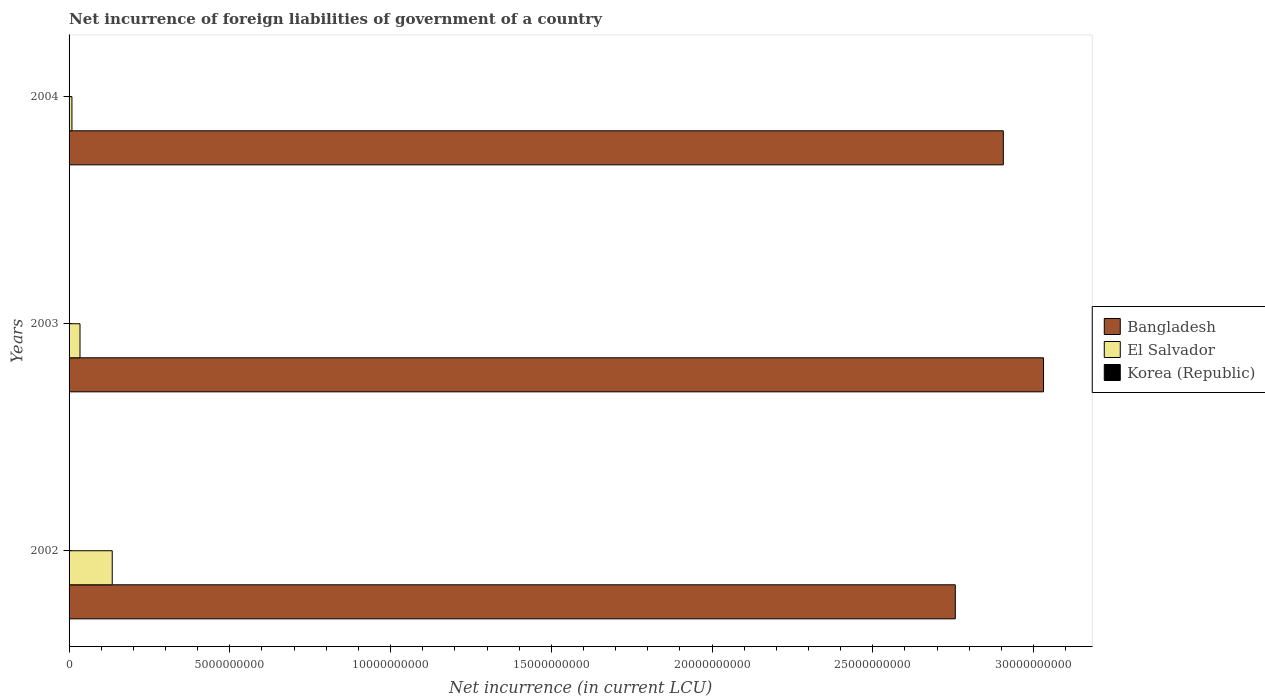
| Years | Bangladesh | El Salvador | Korea (Republic) |
 | --- | --- | --- | --- |
 | 2002 | 2.76e+10 | 1.34e+09 | -5.62e+11 |
 | 2003 | 3.03e+10 | 3.4e+08 | -6.16e+12 |
 | 2004 | 2.91e+10 | 8.9e+07 | -2.63e+12 |